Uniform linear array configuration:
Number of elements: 12
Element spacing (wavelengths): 0.75
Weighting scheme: uniform
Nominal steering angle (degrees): -30
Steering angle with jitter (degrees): -31.522
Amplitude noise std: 0.05
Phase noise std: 0.05

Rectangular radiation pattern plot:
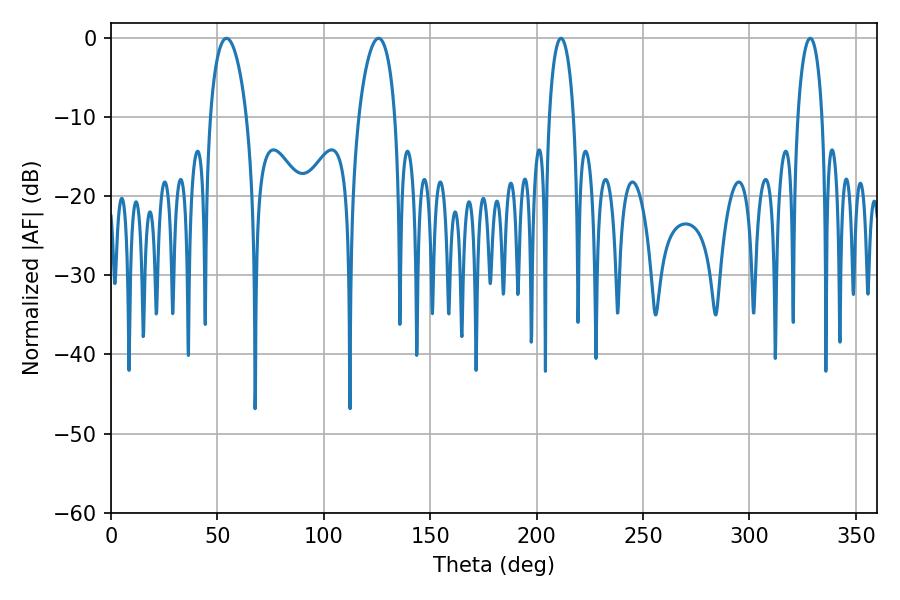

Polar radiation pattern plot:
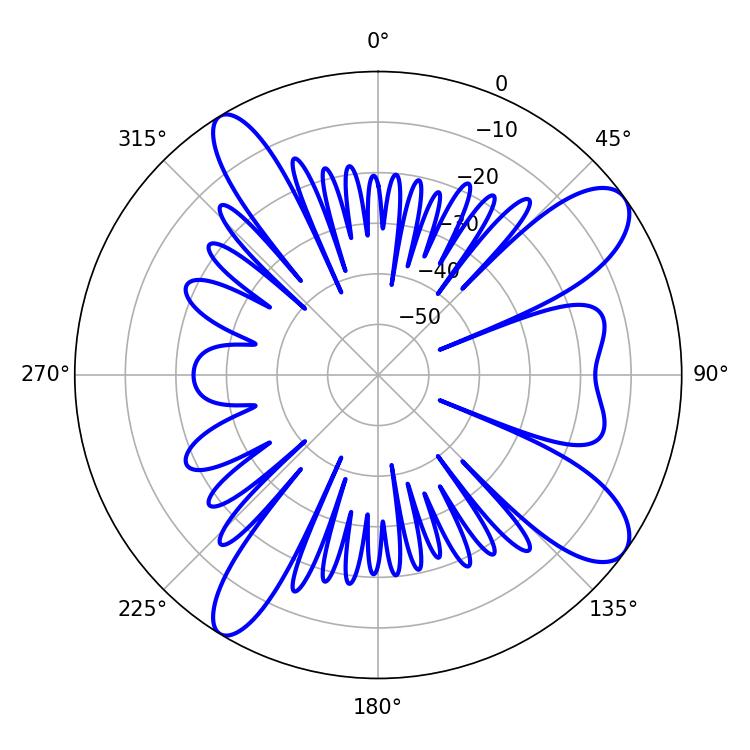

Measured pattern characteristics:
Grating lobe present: TRUE
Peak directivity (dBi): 10.556
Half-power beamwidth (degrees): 9.72
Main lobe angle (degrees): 125.64